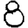
Digit: 8